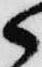
候